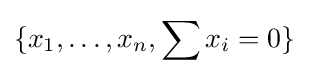
\{x_{1},\dots ,x_{n},\sum x_{i}=0\}